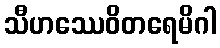
သီဟဿေဝိတရေမိဂါ